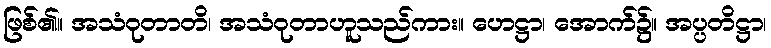
ဖြစ်၏။ အသံဝုတာတိ၊ အသံဝုတာဟူသည်ကား။ ဟေဋ္ဌာ၊ အောက်၌။ အပ္ပတိဋ္ဌာ၊